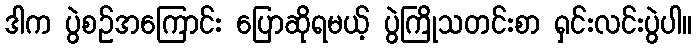
ဒါက ပွဲစဥ်အကြောင်း ပြောဆိုရမယ့် ပွဲကြိုသတင်းစာ ရှင်းလင်းပွဲပါ။